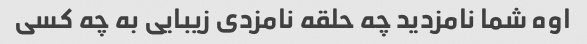
اوه شما نامزدید چه حلقه نامزدی زیبایی به چه کسی